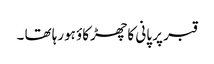
قبر پر پانی کا چھڑکاؤ ہورہا تھا ۔